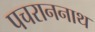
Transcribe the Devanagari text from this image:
पचराननाथ